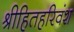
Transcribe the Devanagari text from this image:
श्रीहितहरिवंश